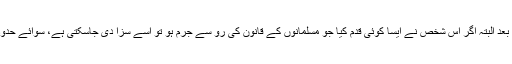
امان لینے کے بعد البتہ اگر اس شخص نے ایسا کوئی قدم کیا جو مسلمانوں کے قانون کی رو سے جرم ہو تو اسے سزا دی جاسکتی ہے، سوائے حدود سزاؤں کے ۔